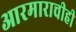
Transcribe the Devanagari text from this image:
आरमाराचीही